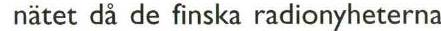
 nätet då de finska radionyheterna